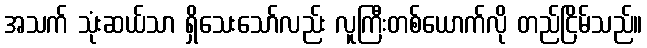
အသက် သုံးဆယ်သာ ရှိသေးသော်လည်း လူကြီးတစ်ယောက်လို တည်ငြိမ်သည်။